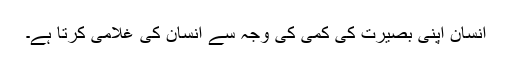
انسان اپنی بصیرت کی کمی کی وجہ سے انسان کی غلامی کرتا ہے۔